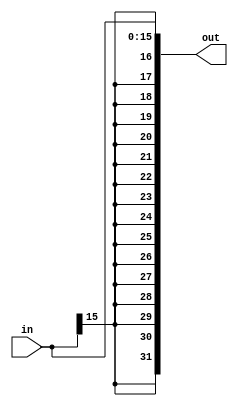
module sign_ext #(parameter src = 16, dest = 32)
(
    input [src-1:0] in,
    output [dest-1:0] out
);
    assign out = { {(dest-src){in[src-1]}}, in};
endmodule